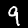
Digit: 9